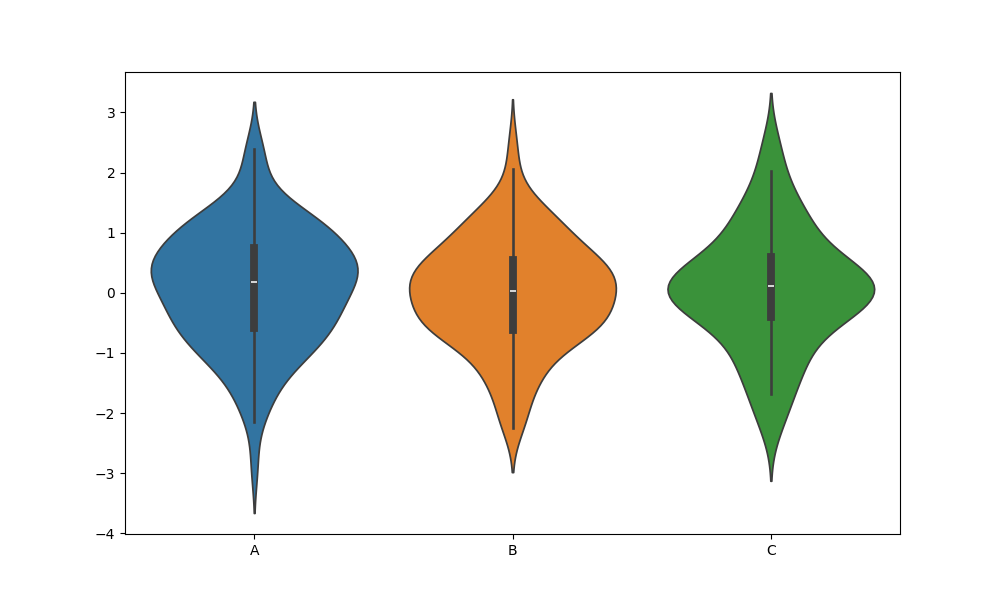
python, seaborn, violinplot, scale='area', split='False', inner='box', fill='True'